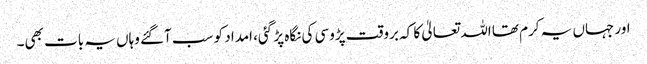
اور جہاں یہ کرم تھا اللہ تعالیٰ کا کہ بروقت پڑوسی کی نگاہ پڑ گئی، امداد کو سب آگئے وہاں یہ بات بھی۔